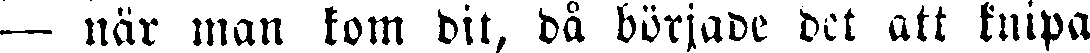
— när man kom dit, då började det att knipa